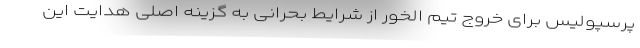
پرسپولیس برای خروج تیم الخور از شرایط بحرانی به گزینه اصلی هدایت این